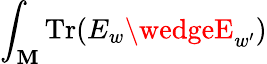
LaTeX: \int_{\cal\mathbf{M}}\mathrm{{Tr}}(E_{w}\wedgeE_{w^{\prime}})